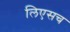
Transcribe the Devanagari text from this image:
लिएसच